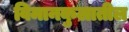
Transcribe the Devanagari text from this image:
विमानकुलातील